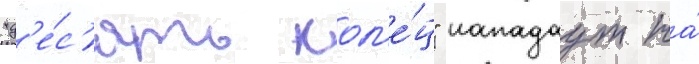
"д'е́с'ять кол'е́ц" нападаут на́